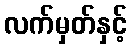
လက်မှတ်နှင့်